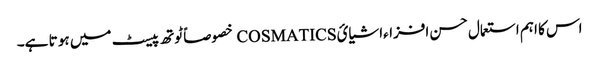
اس کا اہم استعمال حسن افزاءاشیائCOSMATICS خصوصاً ٹوتھ پیسٹ میں ہو تا ہے۔